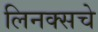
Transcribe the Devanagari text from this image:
लिनक्सचे